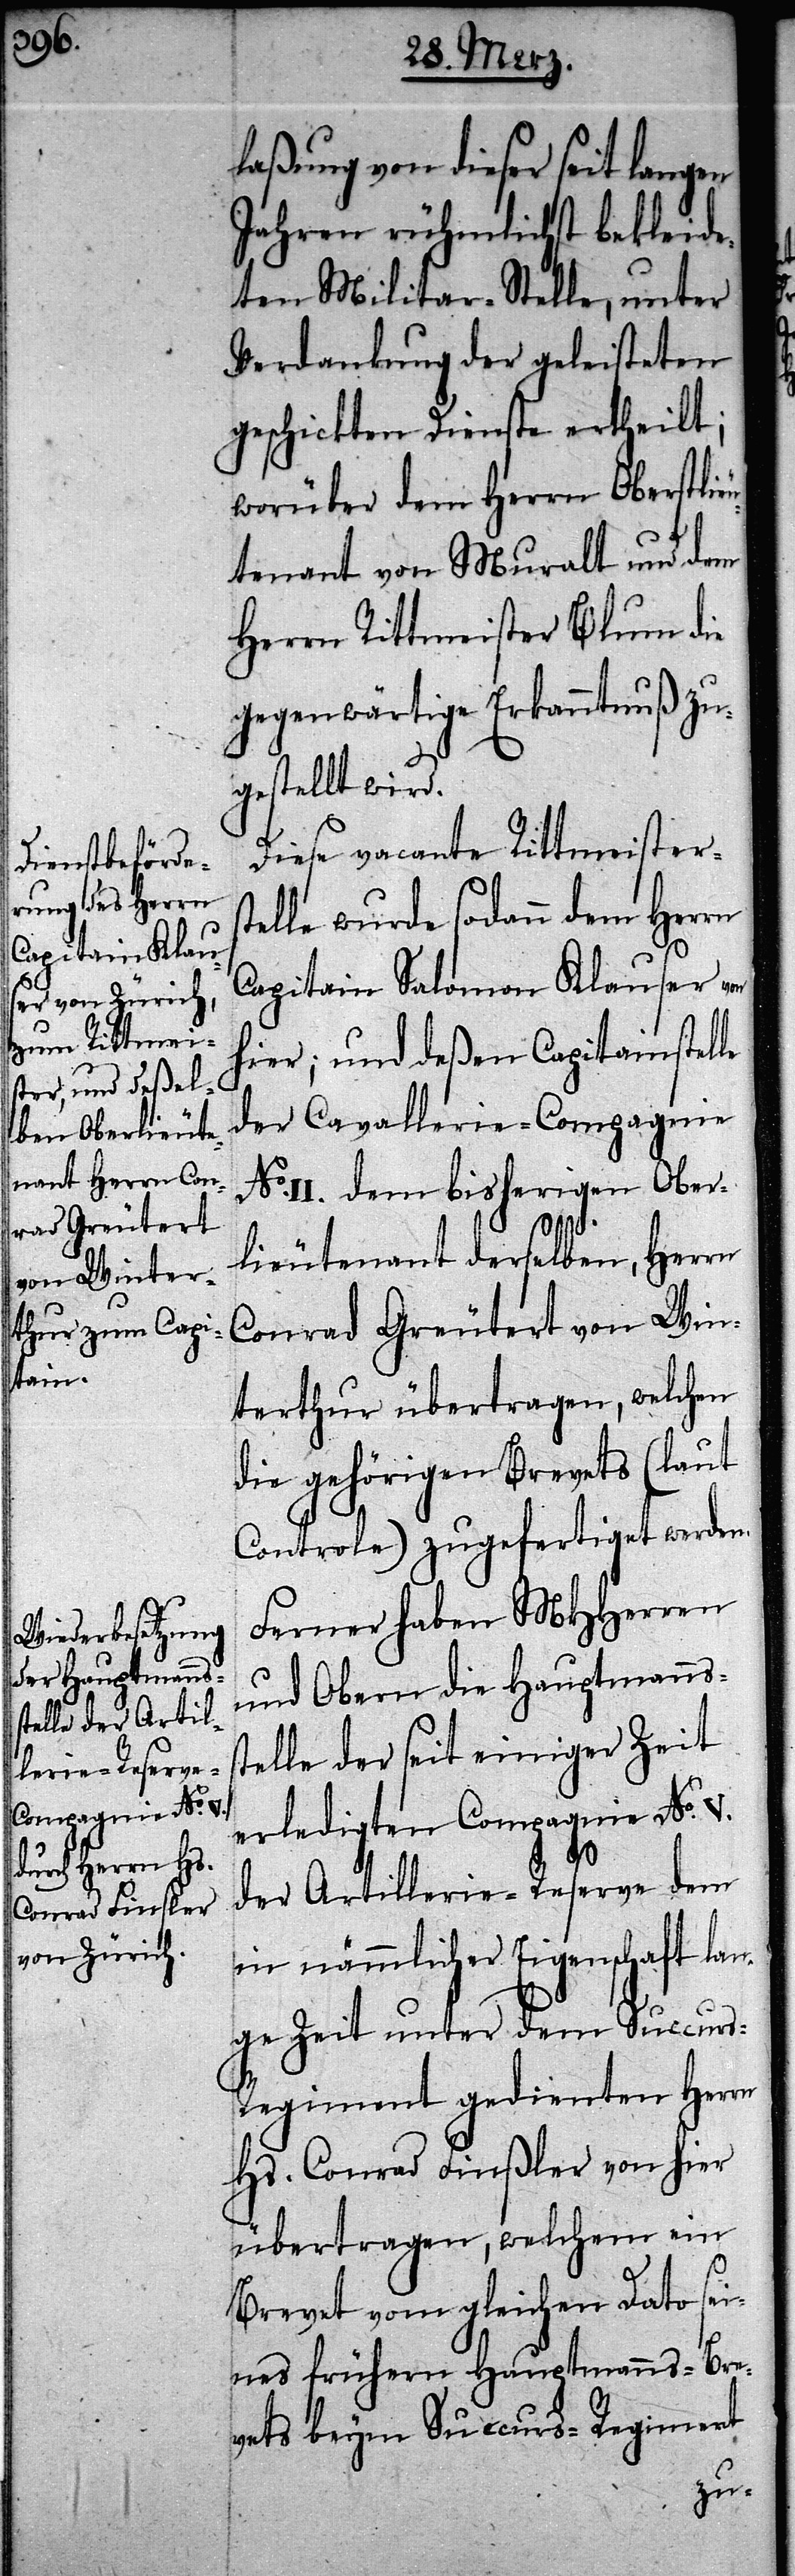
Conrad Finßler

laßung von dieser seit langen
Jahren rühmlichst bekleide¬
ten Militar-Stelle, unter
Verdankung der geleisteten
geschickten Dienste ertheilt;
worüber dem Herrn Oberstlie¬
utenant von Muralt und dem
Herrn Rittmeister Blum die
gegenwärtige Erkanntnuß zu¬
gestellt wird.
Diese vacante Rittmeisters¬
telle wurde sodann dem Herrn
Capitain Salomon Klauser von
hier; und deßen Capitainstelle
der Cavallerie-Compagnie
No. II. dem bisherigen Ober¬
lieutenant derselben, Herrn
Conrad Greutert von Win¬
terthur übertragen, welchen
die gehörigen Brevets (laut
Controle) zugefertiget werden.
Ferner haben MHHerren
und Obern die Hauptmanns¬
telle der seit einiger Zeit
erledigten Compagnie No. V.
Hs.
der Artillerie-Reserve dem
nämmlicher Eigenschaft la¬
nge Zeit unter dem Succur¬
s-Regiment gedienten Herrn
übertragen, welchem ein
Brevet vom gleichen Dato sei¬
nes frühern Hauptmanns-Bre¬
vets beym Succurs-Regiment